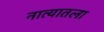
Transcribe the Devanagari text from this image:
नात्यातला